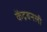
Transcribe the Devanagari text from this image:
केंद्रबनली